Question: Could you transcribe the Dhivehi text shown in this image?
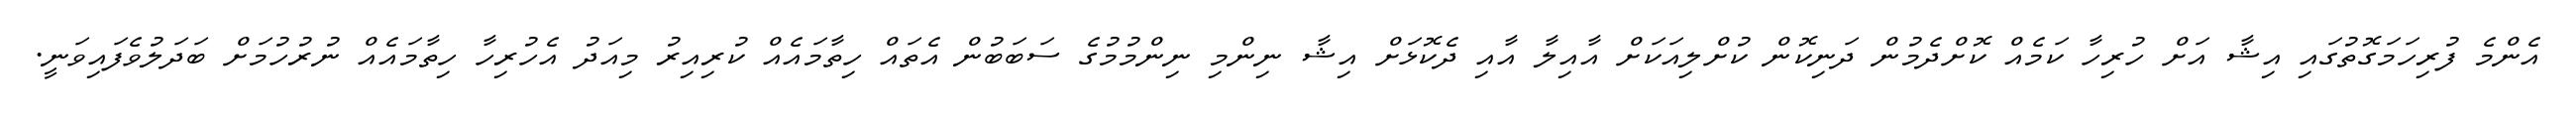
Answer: އެންމެ ފުރިހަމަގޮތުގައި އިޝާ އަށް ހުރިހާ ކަމެއް ކޮށްދެމުން ދަނިކޮން ކުށްލިއަކަށް އާއިލާ އާއި ދެކޮޅަށް އިޝާ ނިންމި ނިންމުމުގެ ސަބަބުން އެތައް ހިތާމައެއް ކުރިއިރު މިއަދު އެހުރިހާ ހިތާމައެއް ނުރުހުމަށް ބަދަލުވެފައިވަނީ.